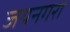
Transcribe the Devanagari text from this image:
जयनगरा